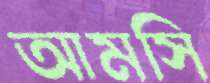
আমসি